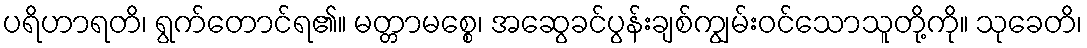
ပရိဟာရတိ၊ ရွက်တောင်ရ၏။ မတ္တာမစ္စေ၊ အဆွေခင်ပွန်းချစ်ကျွမ်းဝင်သောသူတို့ကို။ သုခေတိ၊